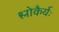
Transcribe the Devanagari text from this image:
श्लोकैर्यः